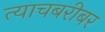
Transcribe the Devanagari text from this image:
त्याचबरीबर